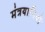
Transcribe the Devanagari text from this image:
मंत्रयानियों